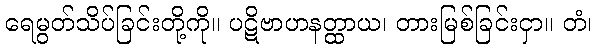
ရေမွတ်သိပ်ခြင်းတို့ကို။ ပဋိဗာဟနတ္ထာယ၊ တားမြစ်ခြင်းငှာ။ တံ၊